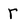
Character: r